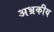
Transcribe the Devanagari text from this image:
अभ्रकीय